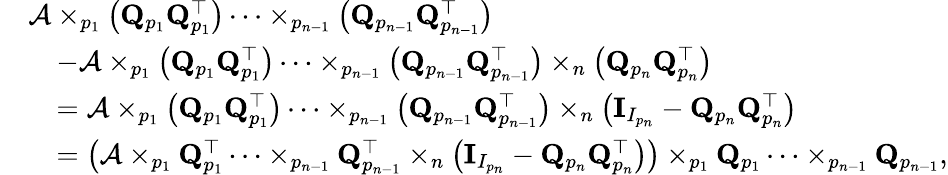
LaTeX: \begin{array}{rl}&{\mathcal{A}\times_{p_{1}}\left({\mathbf Q}_{p_{1}}{\mathbf Q}_{p_{1}}^{\top}\right)\dots\times_{p_{n-1}}\left({\mathbf Q}_{p_{n-1}}{\mathbf Q}_{p_{n-1}}^{\top}\right)}\\ &{\quad-\mathcal{A}\times_{p_{1}}\left({\mathbf Q}_{p_{1}}{\mathbf Q}_{p_{1}}^{\top}\right)\dots\times_{p_{n-1}}\left({\mathbf Q}_{p_{n-1}}{\mathbf Q}_{p_{n-1}}^{\top}\right)\times_{n}\left({\mathbf Q}_{p_{n}}{\mathbf Q}_{p_{n}}^{\top}\right)}\\ &{\quad=\mathcal{A}\times_{p_{1}}\left({\mathbf Q}_{p_{1}}{\mathbf Q}_{p_{1}}^{\top}\right)\dots\times_{p_{n-1}}\left({\mathbf Q}_{p_{n-1}}{\mathbf Q}_{p_{n-1}}^{\top}\right)\times_{n}\left(\mathbf{I}_{I_{p_{n}}}-{\mathbf Q}_{p_{n}}{\mathbf Q}_{p_{n}}^{\top}\right)}\\ &{\quad=\left(\mathcal{A}\times_{p_{1}}{\mathbf Q}_{p_{1}}^{\top}\dots\times_{p_{n-1}}{\mathbf Q}_{p_{n-1}}^{\top}\times_{n}\left(\mathbf{I}_{I_{p_{n}}}-{\mathbf Q}_{p_{n}}{\mathbf Q}_{p_{n}}^{\top}\right)\right)\times_{p_{1}}{\mathbf Q}_{p_{1}}\dots\times_{p_{n-1}}{\mathbf Q}_{p_{n-1}},}\end{array}